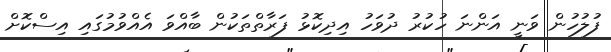
ފުލުހުން ވަނީ އަންނަ ހުކުރު ދުވަހު އިދިކޮޅު ފަރާތްތަކުން ބާއްވަ އެއްވުމުގައި އިސްކޮށް